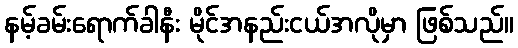
နမ့်ခမ်းရောက်ခါနီး မိုင်အနည်းငယ်အလိုမှာ ဖြစ်သည်။